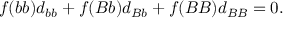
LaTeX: f ( b b ) d _ { b b } + f ( B b ) d _ { B b } + f ( B B ) d _ { B B } = 0 .